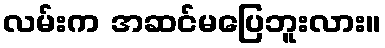
လမ်းက အဆင်မပြေဘူးလား။